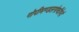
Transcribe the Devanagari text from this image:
गोपीमण्डलगोष्ठीभेदं